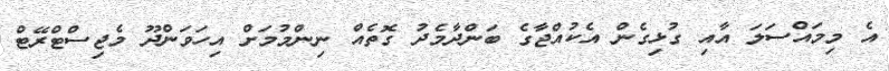
އެ މިމައްސަލަ އާއި ގުޅިގެން އެކުއްޖާގެ ބަންދާމެދު ގޮތެއް ނިންމުމަށް އިހަވަންދޫ މެޖިސްޓްރޭޓް